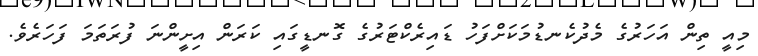
މިއީ ތިން އަހަރުގެ މެދުކެނޑުމަކަށްފަހު ޑައިރެކްޓަރުގެ ގޮނޑީގައި ކަރަން އިށީންނަ ފުރަތަމަ ފަހަރެވެ.